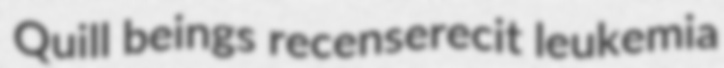
Quill beings recenserecit leukemia